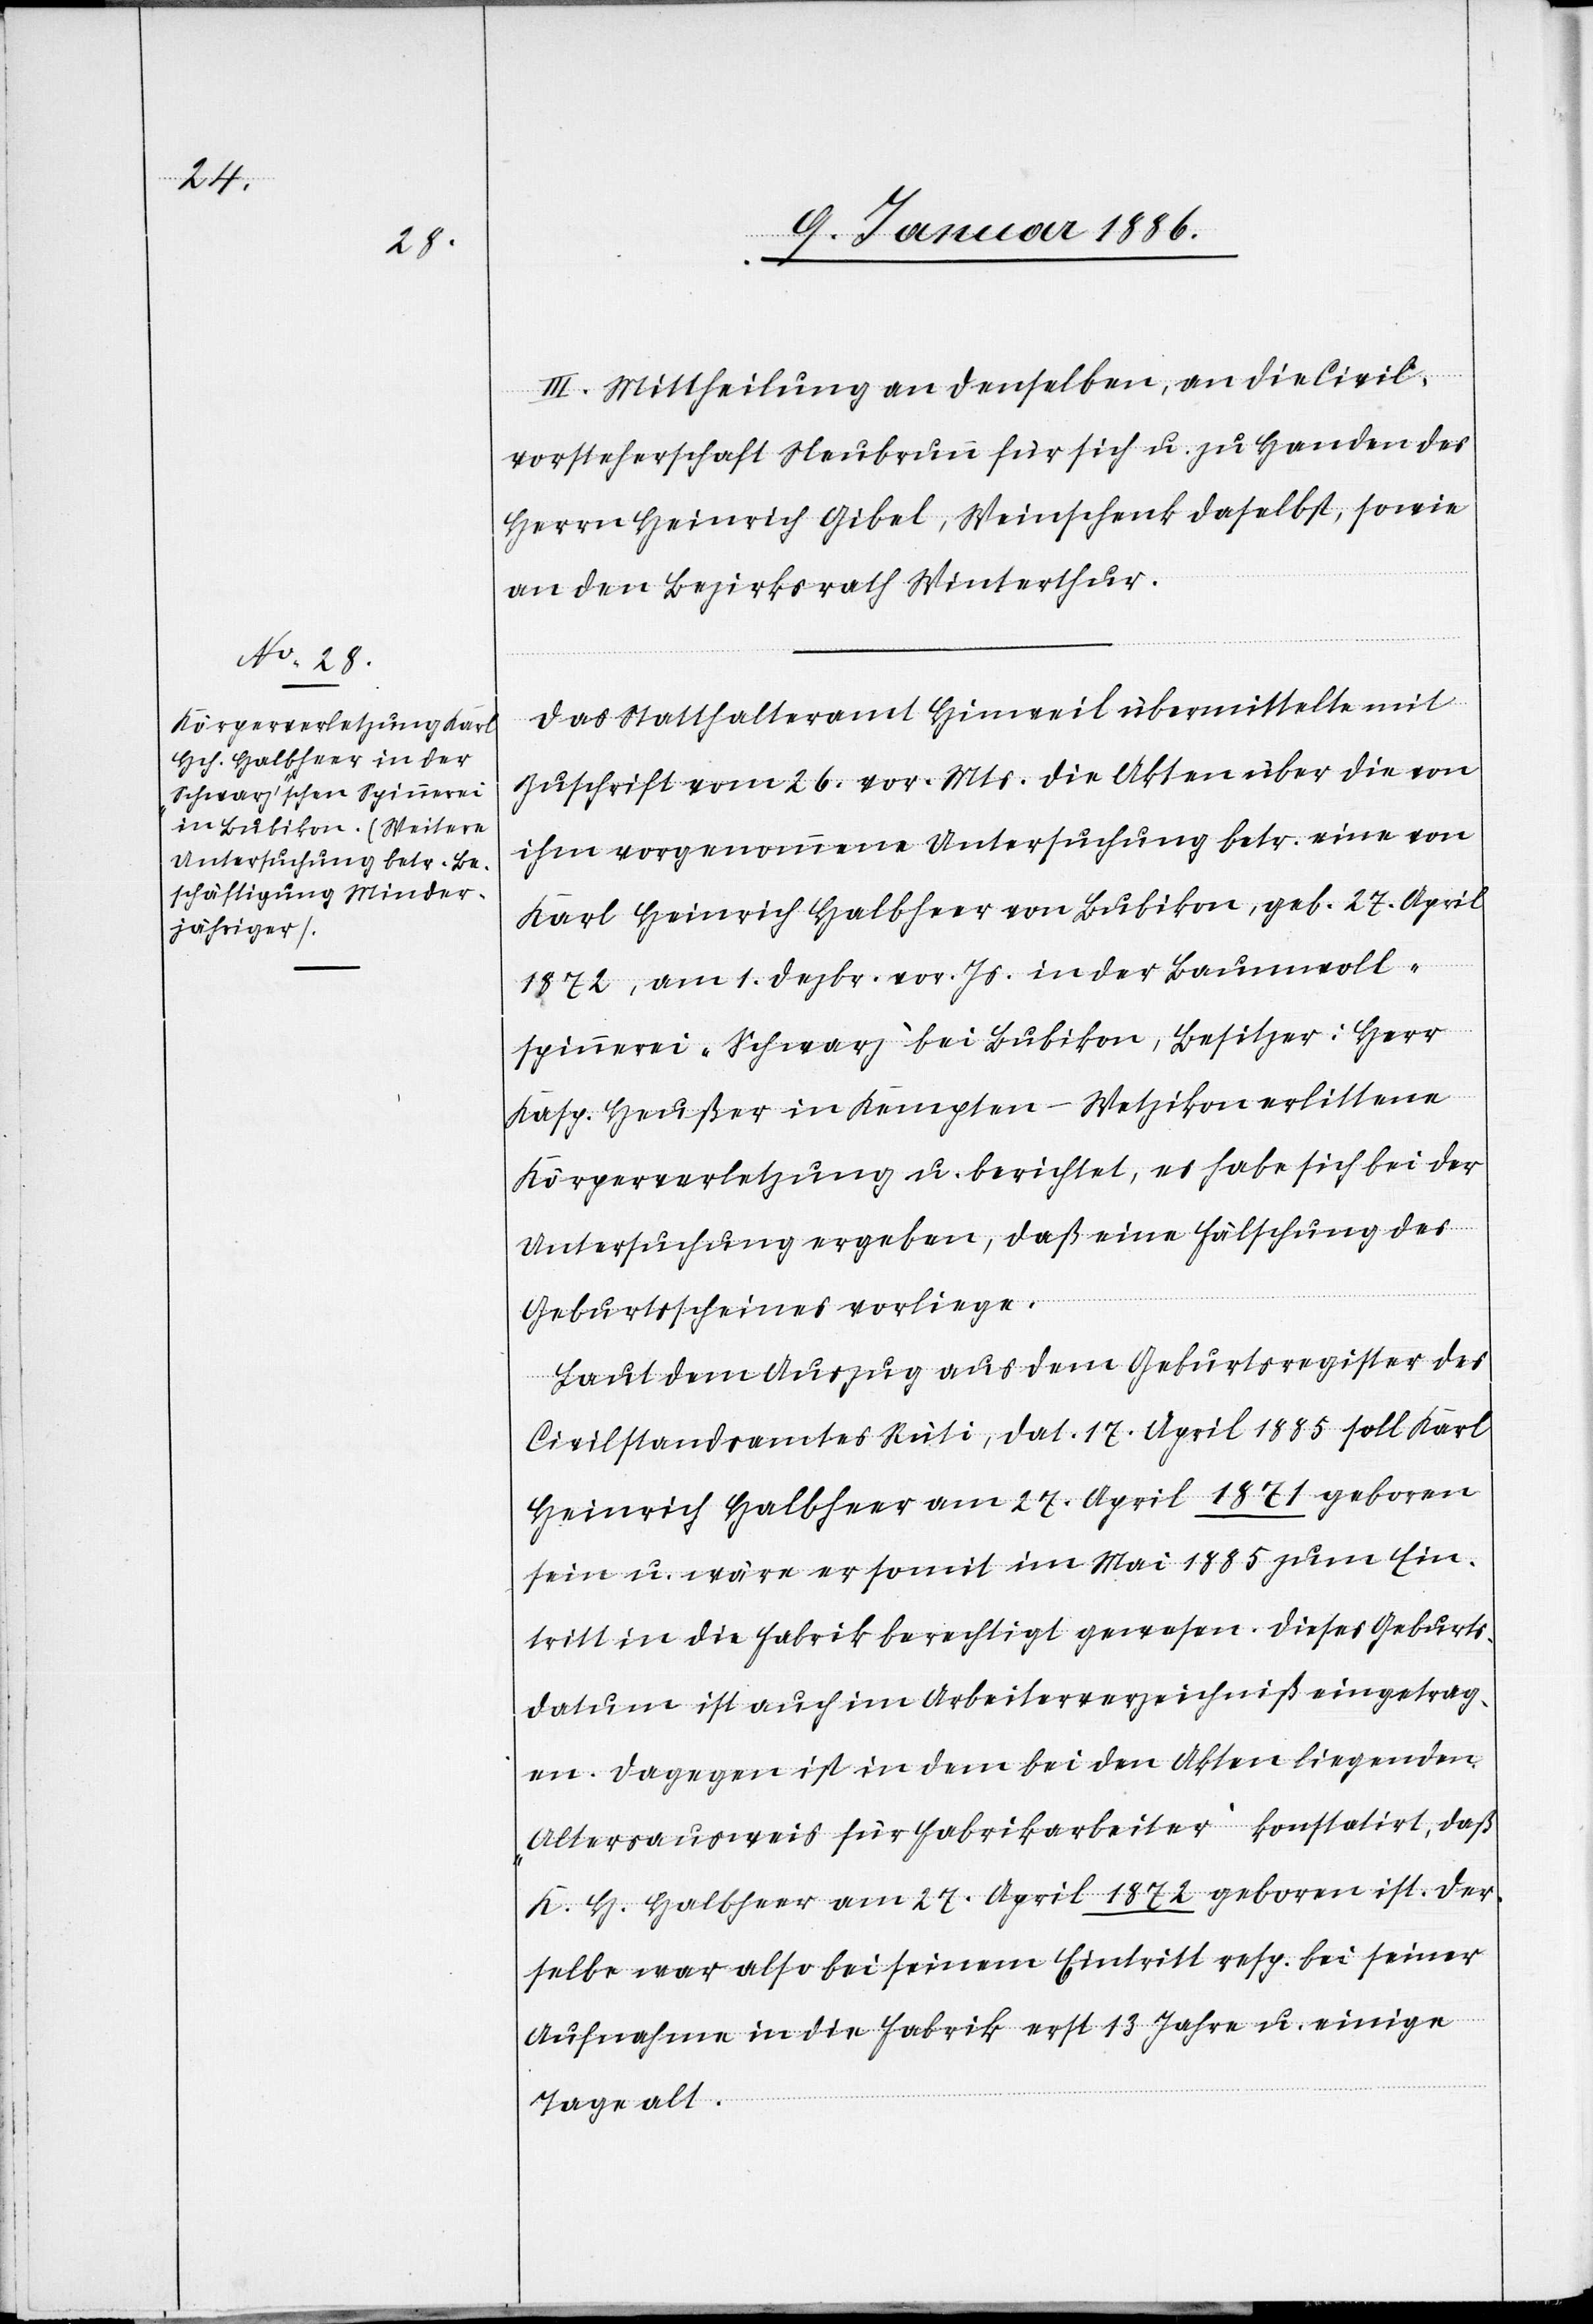
III. Mittheilung an denselben, an die Civil¬
vorsteherschaft Neubrunn für sich u. zu Handen des
Herrn Heinrich Gibel, Weinschenk daselbst, sowie
an den Bezirksrath Winterthur.
Das Statthalteramt Hinweil übermittelte mit
Zuschrift vom 26. vor. Mts. die Akten über die von
ihm vorgenommene Untersuchung betr. eine von
Karl Heinrich Halbheer von Bubikon, geb. 27. April
1872, am 1. Dezbr. vor. Js. in der Baumwoll¬
spinnerei „Schwarz“ bei Bubikon, Besitzer: Herr
Kasp. Heußer in Kempten - Wetzikon erlittene
Körperverletzung u. berichtet, es habe sich bei der
Untersuchung ergeben, daß eine Fälschung des
Geburtenscheines vorliege.
Laut dem Auszug aus dem Geburtsregister des
Civilstandsamtes Rüti, dat. 17. April 1885 soll Karl
Heinrich Halbheer am 27. April 1871 geboren
sein u. wäre er somit im Mai 1885 zum Ein¬
tritt in die Fabrik berechtigt gewesen. Dieses Geburts¬
datum ist auch im Arbeiterverzeichniß eingetrag¬
en. Dagegen ist in dem bei den Akten liegenden
Altersausweis für Fabrikarbeiter konstatirt, daß
K. H. Halbheer am 27. April 1872 geboren ist. Der¬
selbe war also bei seinem Eintritt resp. bei seiner
Aufnahme in die Fabrik erst 13 Jahre u. einige
Tage alt.